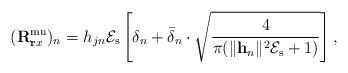
LaTeX: \begin{align*}(\mathbf{R}_{\mathbf{r}x}^{\mathrm{mu}})_n=h_{jn} \mathcal{E}_\mathrm{s} \left[\delta_n+\bar{\delta}_n\cdot\sqrt{\frac{4}{\pi(\|\mathbf{h}_n\|^2\mathcal{E}_\mathrm{s}+1)}}\right],\end{align*}